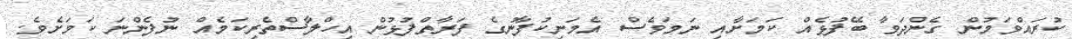
ކުރައްވަމުން ގެންދަވާ ބޭފުޅެއް ކަމަށާއި ނަމަވެސް އެމަނިކުފާނުގެ ފަރާތްޕުޅުން އިހްލާސްތެރިކަމެއް ނުފެންނަ ކަމަށެެވެ.